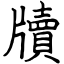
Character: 牘